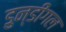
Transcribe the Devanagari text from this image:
डुन्डीगल